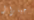
جينرال